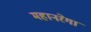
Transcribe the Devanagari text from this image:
महानरेगा